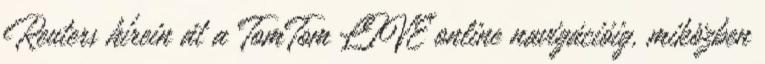
Reuters hírein át a TomTom LIVE online navigációig, miközben